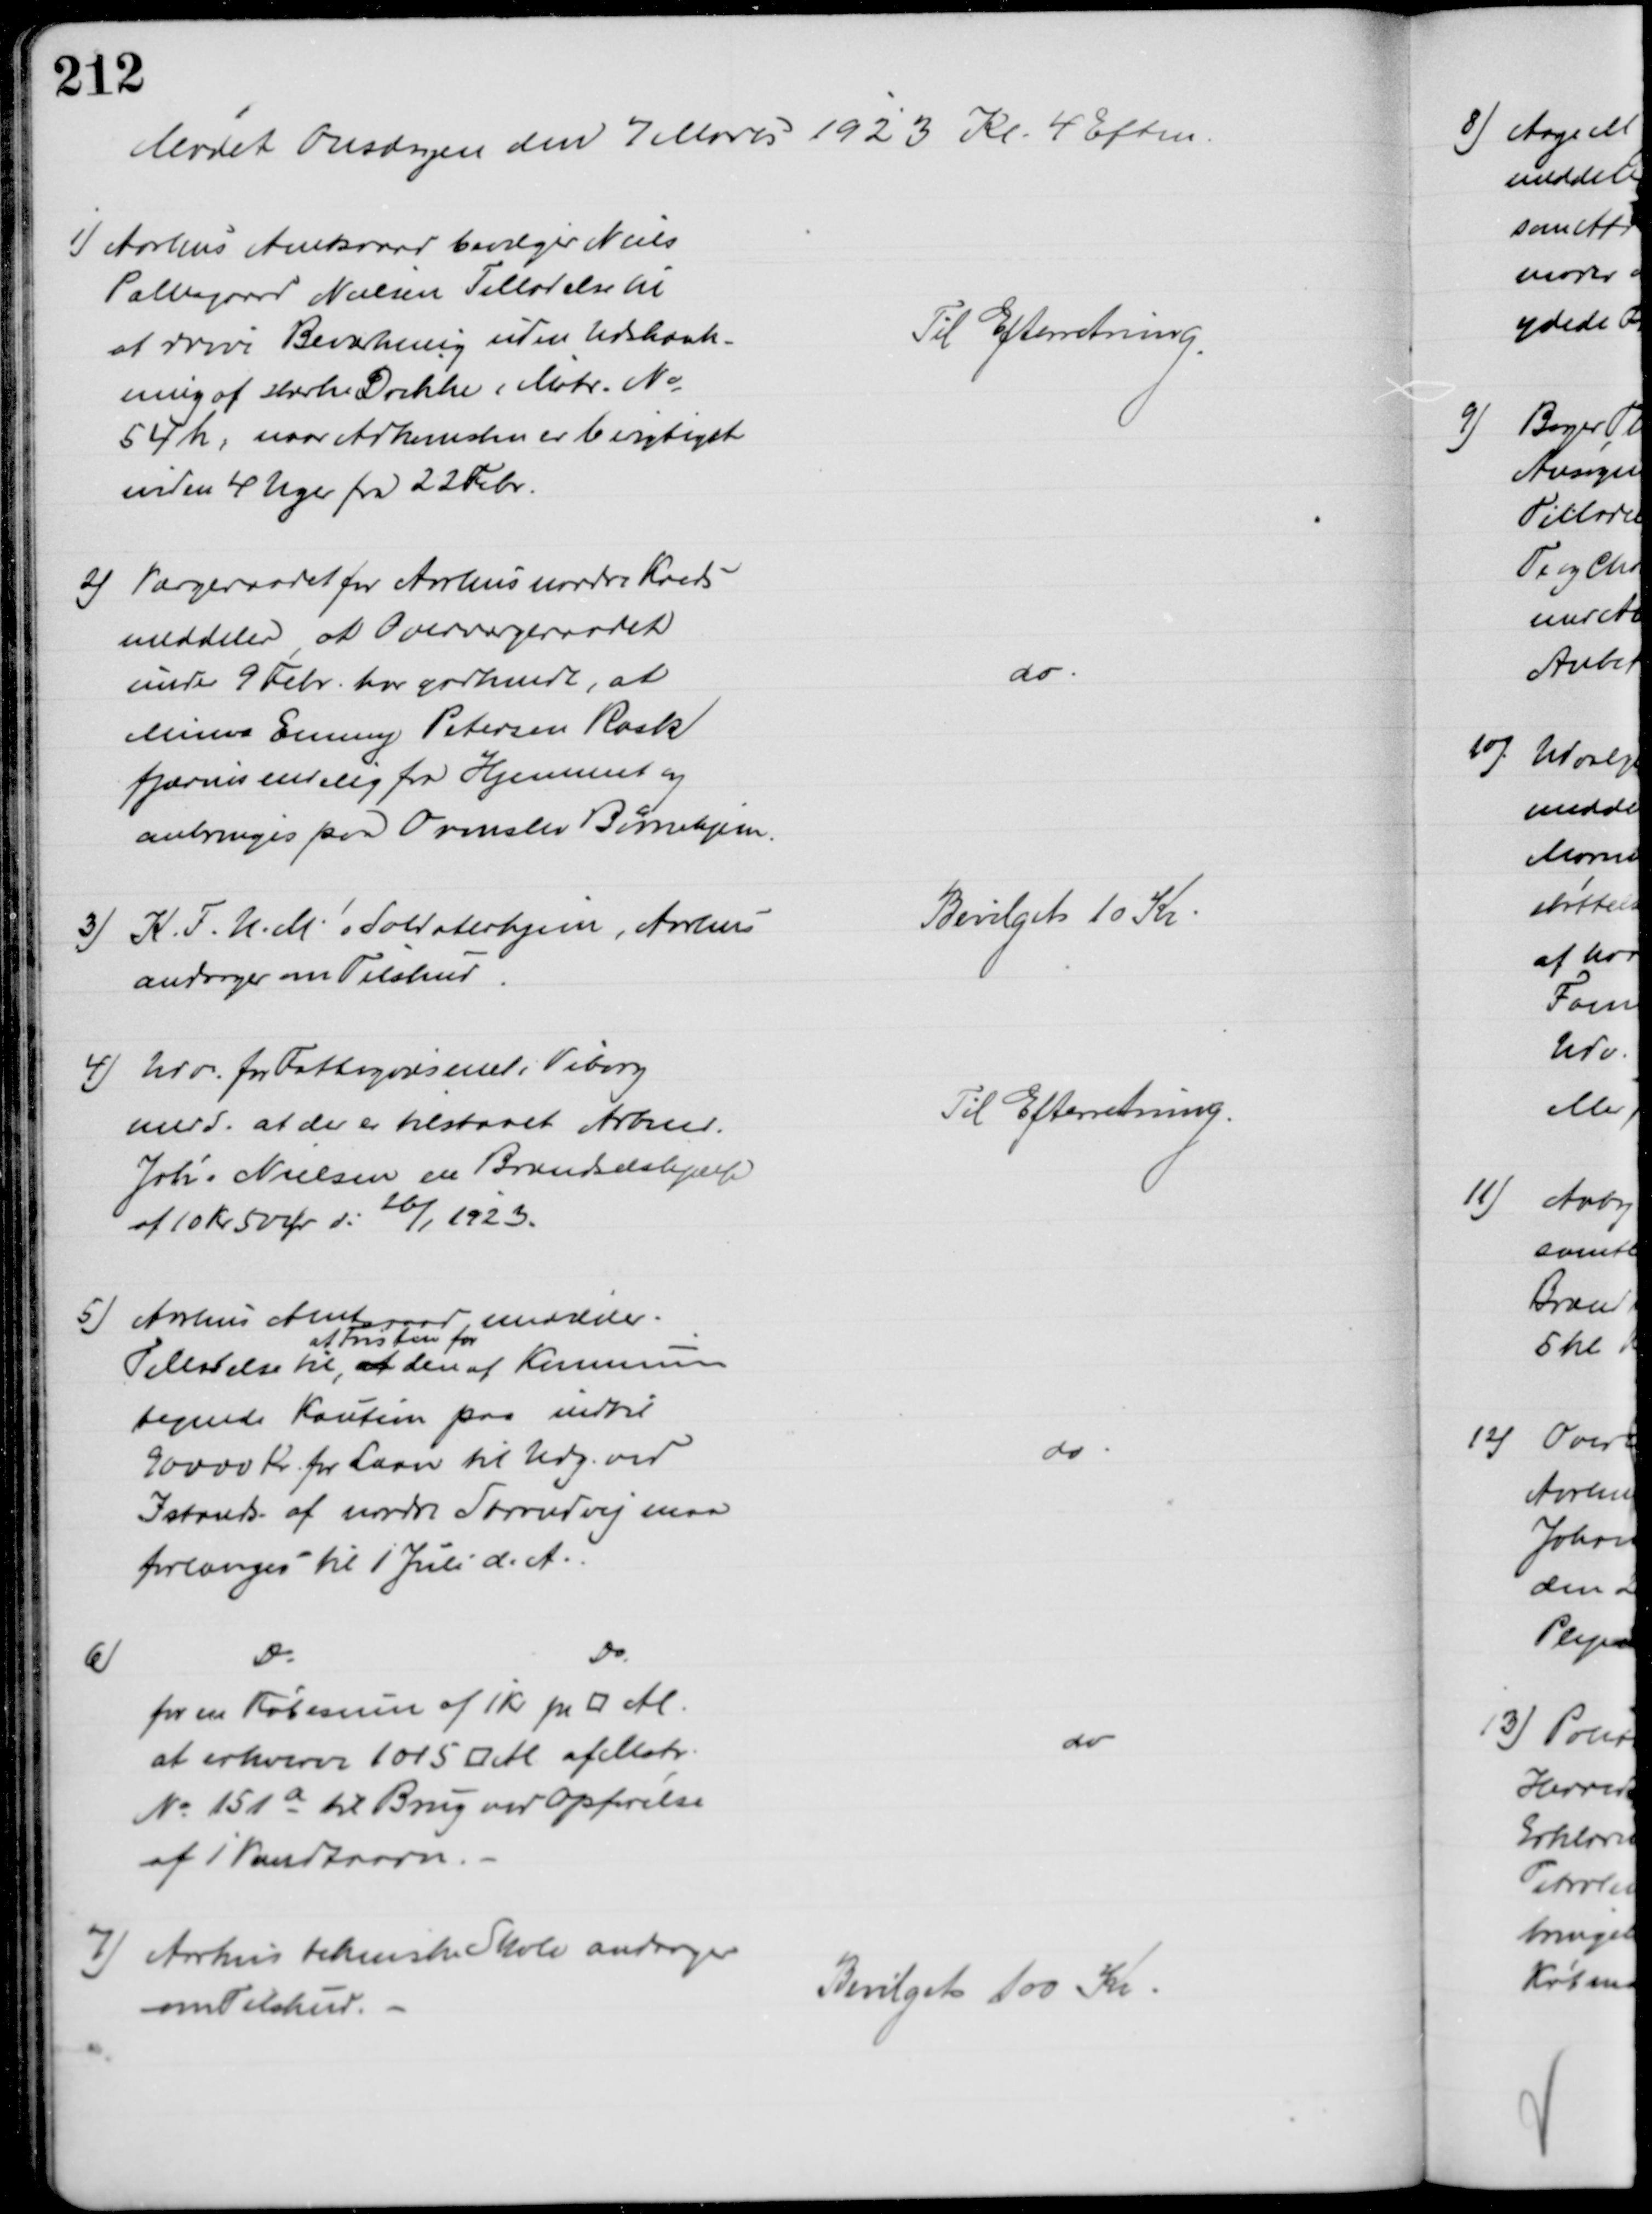
Transskription:
Mødet Onsdagen den 7 Marts 1923 Kl. 4 Eftm
1) Aarhus Amtsraad bevilger Niels
Pallesgaard Nielsen Tilladelse til
at drive Beværtning uden Udskænk-
ning af stærke Drikke i Matr. №
54h, naar Adkomsten er berigtiget
inden 4 Uger fra 22 Febr.
Til Efterretning.
2) Værgeraadet for Aarhus nordre Kreds
meddeler, at Overværgeraadet
under 9 Febr. har godkendt, at
Minna Emmy Petersen Rask
fjærnes endelig fra Hjemmet og
anbringes paa Ormslev Børnehjem.
do
3) K.F.U.M.s Soldaterhjem, Aarhus
andrager om Tilskud
Bevilget 10 Kr
4) Udv. for Fattigvæsenet i Viborg
medd. at der er tilstaaet Arbmd.
Joh's Nielsen en Brændselshjælp
af 10 Kr 50 Ør d: 26/1 1923.
Til Efterretning.
5)
Aarhus Amtsraad meddeler
Tilladelse til, at 
at Fristen for
den af Kommunen
tegnede Kaution paa indtil
90000 Kr. for Laan til Udg. ved
Istands. af nordre Strandvej maa
forlænges til 1 Juli d. A.
do
6)
Do
Do
for en Købesum af 1 Kr pr □ Al.
at erhverve 1015 □ Al af Matr.
№ 151a til Brug ved Opførelse
af 1 Vandtaarn.
do
7) Aarhus tekniske Skole andrager
om Tilskud.
Bevilget 100 Kr